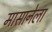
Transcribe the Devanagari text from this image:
मासानेला